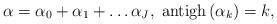
LaTeX: \begin{align*}\alpha =\alpha _{0}+\alpha _{1}+\ldots \alpha _{J},\;{\rm antigh}\left(\alpha _{k}\right) =k, \end{align*}